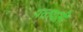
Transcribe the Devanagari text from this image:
परतवाली